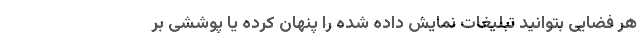
هر فضایی بتوانید تبلیغات نمایش داده شده را پنهان کرده یا پوششی بر